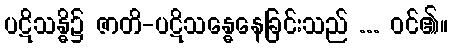
ပဋိသန္ဓိ၌ ဇာတိ-ပဋိသန္ဓေနေခြင်းသည် ... ဝင်၏။